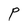
Character: P